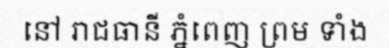
នៅ រាជធានី ភ្នំពេញ ព្រម ទាំង